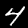
Label: 4